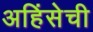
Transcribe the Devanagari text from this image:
अहिंसेची